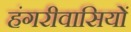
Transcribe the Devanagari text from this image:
हंगरीवासियों